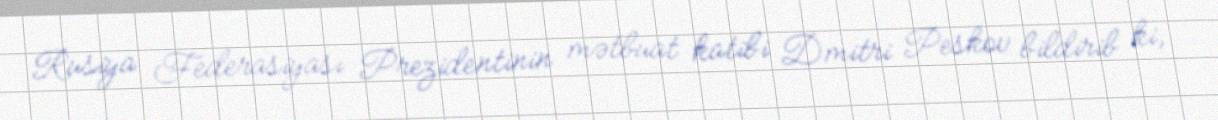
Rusiya Federasiyası Prezidentinin mətbuat katibi Dmitri Peskov bildirib ki,